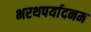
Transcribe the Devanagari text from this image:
भरथपर्यादनम